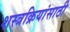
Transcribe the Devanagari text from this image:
शस्त्रक्रियांसाठी